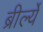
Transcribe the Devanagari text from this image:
ब्रीर्ल्ये